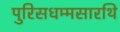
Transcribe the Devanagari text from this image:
पुरिसधम्मसारथि